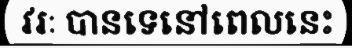
វរៈ បានទេនៅពេលនេះ